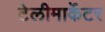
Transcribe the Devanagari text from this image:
टेलीमार्केटर